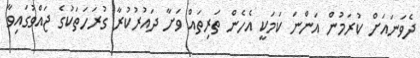
ދެވަނައަށް ކުރަމުން އަންނަ ކަމަކީ އެހެން ތަރިތައް ވަށާ ދައުރުކުރާ ގުރަހަތަކުގެ ޖައްވުގައިވާ